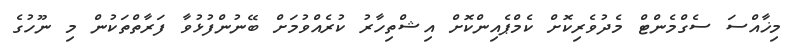
މިޚާއްސަ ސެގްމެންޓް މެދުވެރިކޮށް ކެމްޕެއިންކޮށް އިޝްތިހާރު ކުރެއްވުމަށް ބޭނުންފުޅުވާ ފަރާތްތަކުން މި ނޫހުގެ